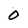
Character: 0